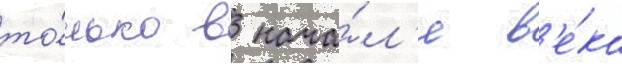
то́лько в нача́л'е в'е́ка